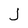
Character: J